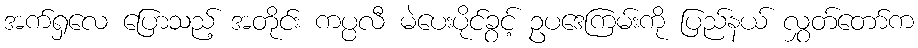
အက်ရှလေ ပြောသည့် အတိုင်း ကပ္ပလီ မဲပေးပိုင်ခွင့် ဥပဒေကြမ်းကို ပြည်နယ် လွှတ်တော်က